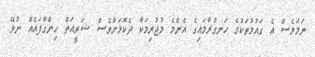
ނަމަވެސް އެ ގައުމުތަކުގެ ހަނގުރާމައިގެ އެންމެ މުޖުރިމަކާ ދެކޮޅަށްވެސް ޝަރީއަތް ހިންގާފައެއް ނުވޭ.